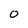
Character: 0